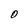
Character: O